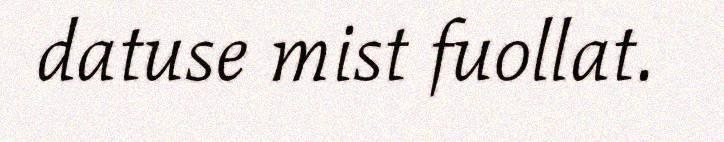
datuse mist fuollat.